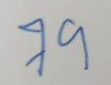
79